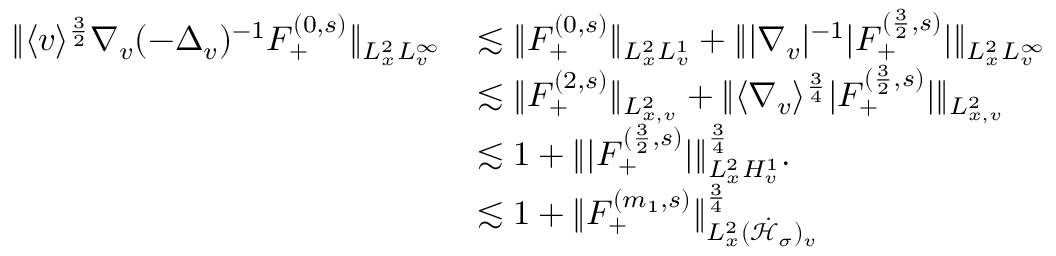
\begin{array} { r l } { \| \langle v \rangle ^ { \frac { 3 } { 2 } } \nabla _ { v } ( - \Delta _ { v } ) ^ { - 1 } F _ { + } ^ { ( 0 , s ) } \| _ { L _ { x } ^ { 2 } L _ { v } ^ { \infty } } } & { \lesssim \| F _ { + } ^ { ( 0 , s ) } \| _ { L _ { x } ^ { 2 } L _ { v } ^ { 1 } } + \| | \nabla _ { v } | ^ { - 1 } | F _ { + } ^ { ( \frac { 3 } { 2 } , s ) } | \| _ { L _ { x } ^ { 2 } L _ { v } ^ { \infty } } } \\ & { \lesssim \| F _ { + } ^ { ( 2 , s ) } \| _ { L _ { x , v } ^ { 2 } } + \| \langle \nabla _ { v } \rangle ^ { \frac { 3 } { 4 } } | F _ { + } ^ { ( \frac { 3 } { 2 } , s ) } | \| _ { L _ { x , v } ^ { 2 } } } \\ & { \lesssim 1 + \| | F _ { + } ^ { ( \frac { 3 } { 2 } , s ) } | \| _ { L _ { x } ^ { 2 } H _ { v } ^ { 1 } } ^ { \frac { 3 } { 4 } } . } \\ & { \lesssim 1 + \| F _ { + } ^ { ( m _ { 1 } , s ) } \| _ { L _ { x } ^ { 2 } ( \dot { \mathcal H } _ { \sigma } ) _ { v } } ^ { \frac { 3 } { 4 } } } \end{array}